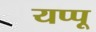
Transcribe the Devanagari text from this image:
यप्पू